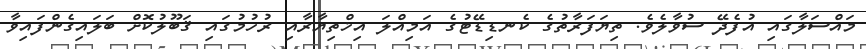
މައްސަލާގައި އުފެދޭ ސުވާލެވެ. ތިޔަފަރާތުގެ ކެނޑިޑޭޓުގެ އަމިއްލަ އިޚްތިޔާރާއި ރުހުމުގައި ޤަބޫލުކޮށް ބަލައިގެންފައިވާ